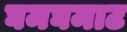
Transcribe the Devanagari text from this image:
घमघमाट